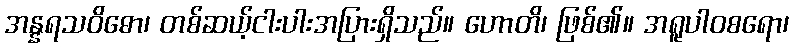
အန္နရသဝိဓော၊ တစ်ဆယ့်ငါးပါးအပြားရှိသည်။ ဟောတိ၊ ဖြစ်၏။ အရူပါဝစရော၊